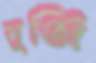
মুঞ্জি